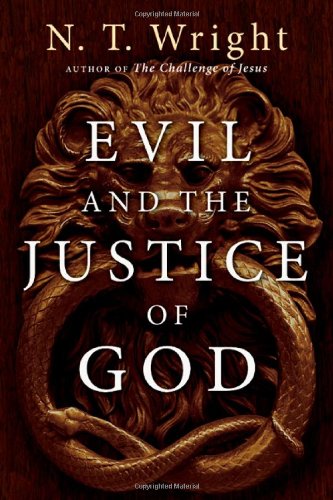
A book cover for Evil and the Justice of God; N. T. Wright; Politics & Social Sciences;